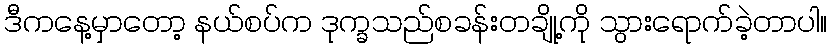
ဒီကနေ့မှာတော့ နယ်စပ်က ဒုက္ခသည်စခန်းတချို့ကို သွားရောက်ခဲ့တာပါ။